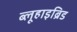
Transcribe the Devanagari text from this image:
ब्लूहाइब्रिड